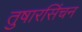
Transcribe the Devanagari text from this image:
तुषारसिंचन